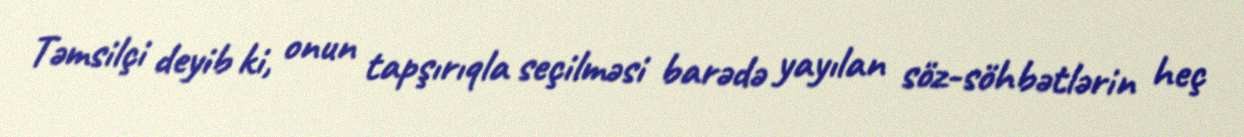
Təmsilçi deyib ki, onun tapşırıqla seçilməsi barədə yayılan söz-söhbətlərin heç